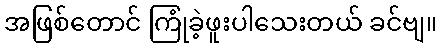
အဖြစ်တောင် ကြုံခဲ့ဖူးပါသေးတယ် ခင်ဗျ။